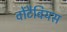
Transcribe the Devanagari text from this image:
वोंटैवियस